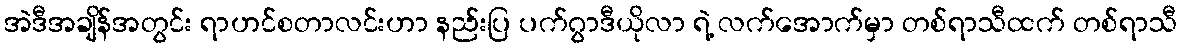
အဲဒီအချိန်အတွင်း ရာဟင်စတာလင်းဟာ နည်းပြ ပက်ဂွာဒီယိုလာ ရဲ့ လက်အောက်မှာ တစ်ရာသီထက် တစ်ရာသီ